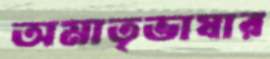
অমাতৃভাষার